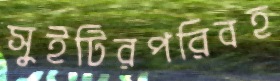
সুইটিরপরিবহ